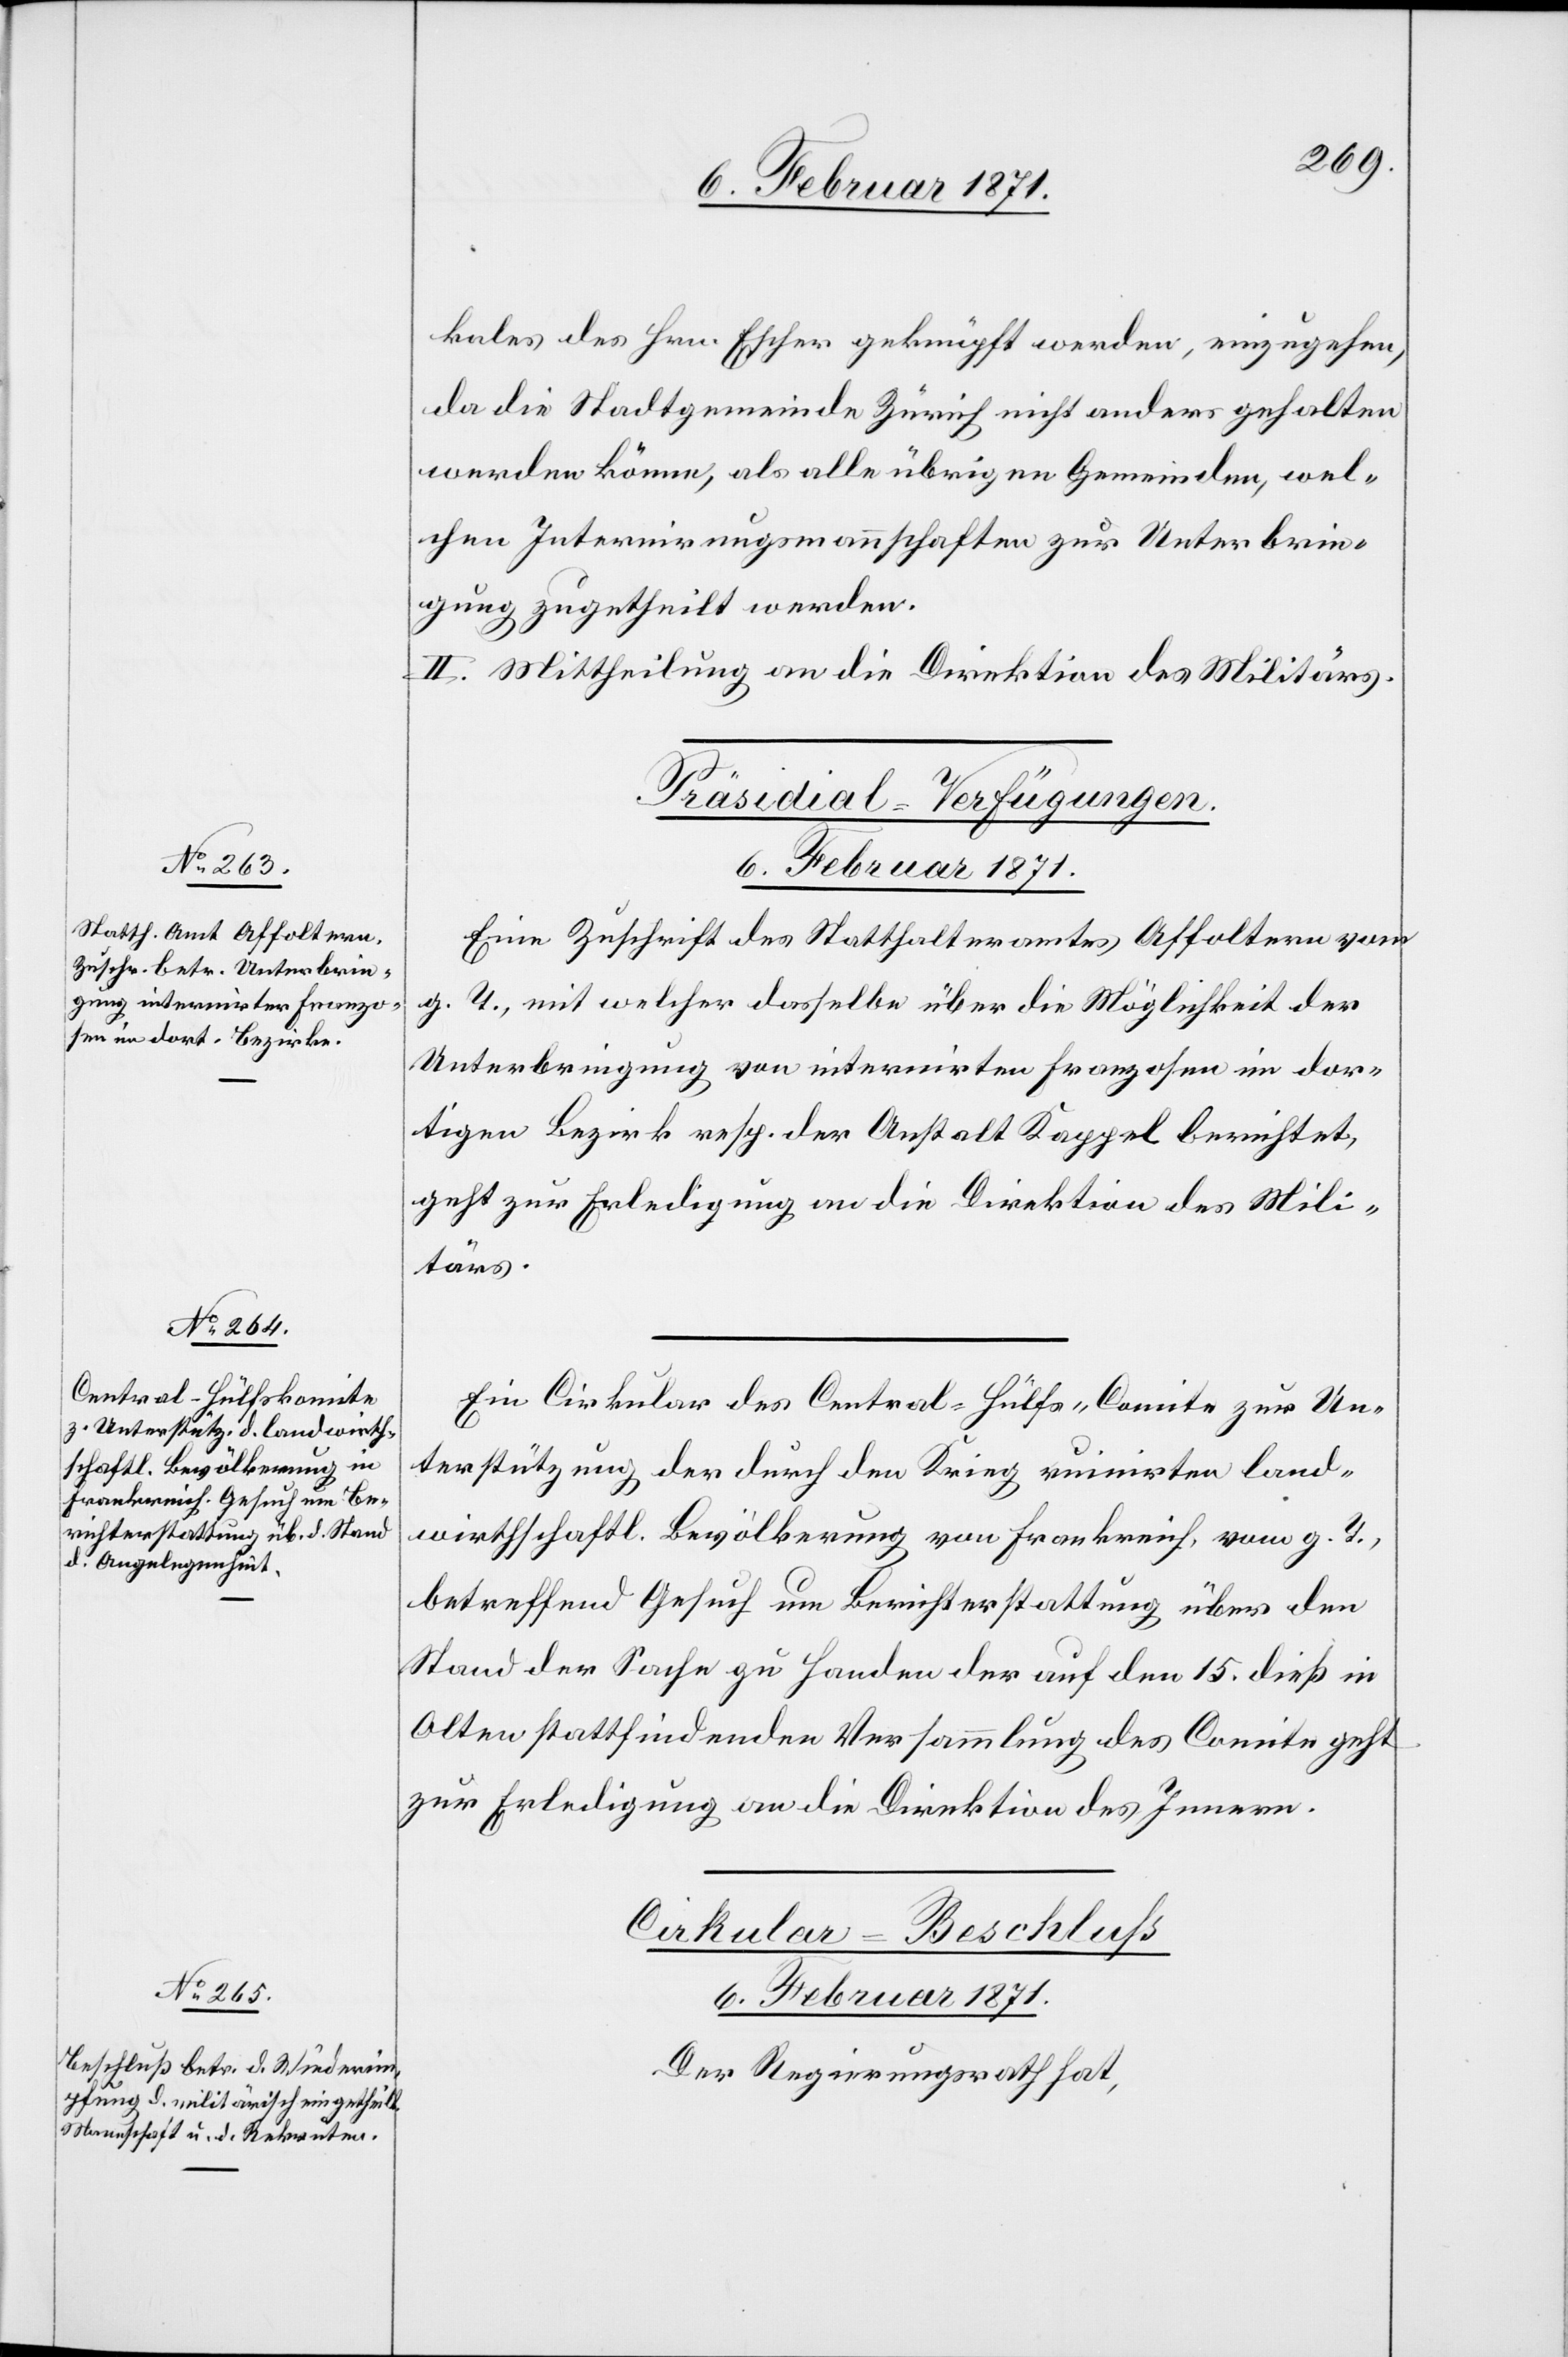
kales des Hrn. Escher geknüpft werden, einzugehen,
da die Stadtgemeinde Zürich nicht anders gehalten
werden könne, als alle übrigen Gemeinden, wel¬
chen Internirungsmannschaften zur Unterbrin¬
gung zugetheilt werden.
II. Mittheilung an die Direktion des Militärs.
[Präsidial-Verfügungen
6. Februar 1871.
Eine Zuschrift des Statthalteramtes Affoltern vom
g. T., mit welcher dasselbe über die Möglichkeit der
Unterbringung von internirten Franzosen im dor¬
tigen Bezirk resp. der Anstalt Kappel berichtet,
geht zur Erledigung an die Direktion des Mili¬
tärs.
Ein Cirkular des Central-Hülfs-Comite zur Un¬
terstützung der durch den Krieg ruinirten land¬
wirthschaftl. Bevölkerung von Frankreich, vom g. T.,
betreffend Gesuch um Berichterstattung über den
Stand der Sache zu Handen der auf den 15. dieß in
Olten stattfindenden Versammlung des Comite geht
zur Erledigung an die Direktion des Innern.
Cirkular-Beschluß
Der Regierungsrath hat,